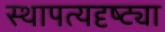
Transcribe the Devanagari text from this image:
स्थापत्यदृष्ट्या